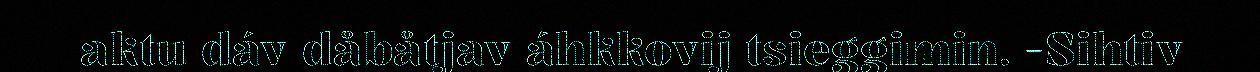
aktu dáv dåbåtjav áhkkovij tsieggimin. -Sihtiv